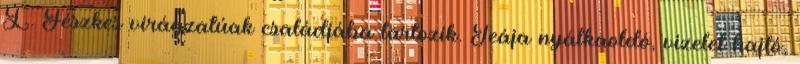
L. Fészkes virágzatúak családjába tartozik. Teája nyálkaoldó, vizelet hajtó,